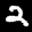
Label: 2